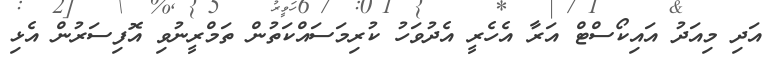
އަދި މިއަދު އައިކޯސްޓް އަރާ އެހެރީ އެދުވަހު ކުރިމަސައްކަތުން ތަމްރީނުވި އޮފިސަރުން އެޅި